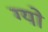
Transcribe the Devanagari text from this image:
ग्यो